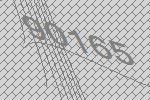
90165